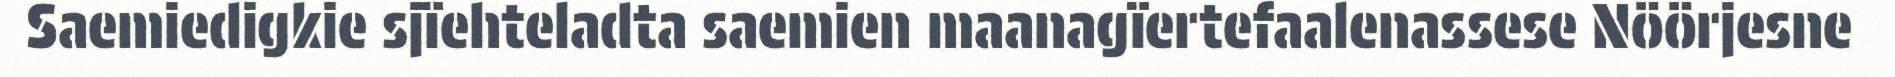
Saemiedigkie sjïehteladta saemien maanagïertefaalenassese Nöörjesne